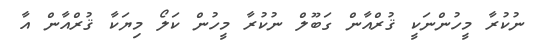
ނުކުރާ މީހުންނަކީ ޤުރްއާން ގަބޫލް ނުކުރާ މީހުން ކަލޯ މިޔަކާ ޤުރްއާން އާ